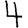
Digit: 4